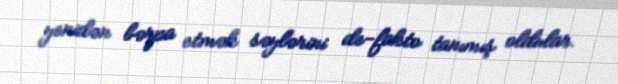
yenidən bərpa etmək səylərini de-fakto tanımış oldular.